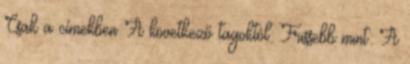
Csak a címekben A következő tagoktól: Frissebb mint: A